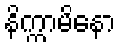
နိက္ကာမိနော